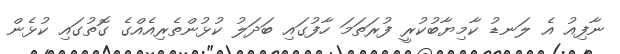
ނާފިއު އެ ލަނޑު ކާމިޔާބުކުރީ ފުރަތަމަ ހާފުގައި ބަދަލު ކުޅުންތެރިއެއްގެ ގޮތުގައި ކުޅެން